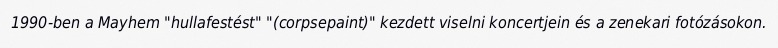
1990-ben a Mayhem "hullafestést" "(corpsepaint)" kezdett viselni koncertjein és a zenekari fotózásokon.